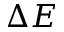
\Delta E